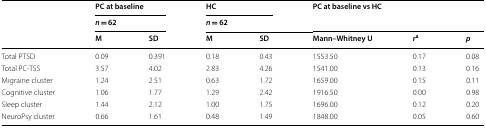
<table><thead><tr><td rowspan="3"></td><td colspan="2"><b>PC at baseline</b></td><td colspan="2"><b>HC</b></td><td rowspan="2" colspan="3"><b>PC at baseline vs HC</b></td></tr><tr><td colspan="2"><b><i>n </i>= 62</b></td><td colspan="2"><b><i>n </i>= 62</b></td></tr><tr><td><b>M</b></td><td><b>SD</b></td><td><b>M</b></td><td><b>SD</b></td><td><b>Mann–Whitney U</b></td><td><b><i>r</i><sup>a</sup></b></td><td><b><i>p</i></b></td></tr></thead><tbody><tr><td>Total PTSD</td><td>0.09</td><td>0.391</td><td>0.18</td><td>0.43</td><td>1553.50</td><td>0.17</td><td>0.08</td></tr><tr><td>Total PC-TSS</td><td>3.57</td><td>4.02</td><td>2.83</td><td>4.26</td><td>1541.00</td><td>0.13</td><td>0.16</td></tr><tr><td>Migraine cluster</td><td>1.24</td><td>2.51</td><td>0.63</td><td>1.72</td><td>1659.00</td><td>0.15</td><td>0.11</td></tr><tr><td>Cognitive cluster</td><td>1.06</td><td>1.77</td><td>1.29</td><td>2.42</td><td>1916.50</td><td>0.00</td><td>0.98</td></tr><tr><td>Sleep cluster</td><td>1.44</td><td>2.12</td><td>1.00</td><td>1.75</td><td>1696.00</td><td>0.12</td><td>0.20</td></tr><tr><td>NeuroPsy cluster</td><td>0.66</td><td>1.61</td><td>0.48</td><td>1.49</td><td>1848.00</td><td>0.05</td><td>0.60</td></tr></tbody></table>